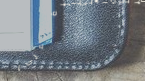
تخفيضات استثنائية على الأ